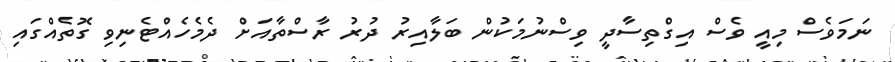
ނަމަވެސް މިއީ ވެސް އިގްތިސާދީ ވިސްނުމަކުން ބަލާއިރު ދުރު ރާސްތާއަށް ދެމެހެއްޓެނިވި ގޮތެއްގައި